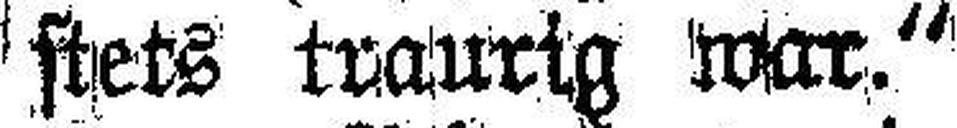
stets traurig war.“